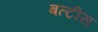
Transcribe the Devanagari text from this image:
बत्टीस